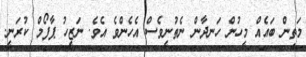
މަތިން ބައެއް މީހުން ހަނދާން ނެތުނީވެސް އެހެންވެ އެވެ. ނަޒީހު ޕާފޯމް ކުރަނީ.